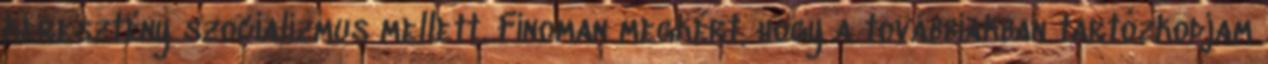
keresztény szocia­lizmus mellett. Finoman megkért, hogy a továbbiakban tartózkod­jam